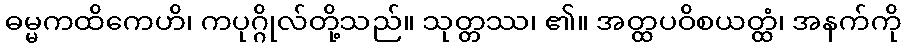
ဓမ္မကထိကေဟိ၊ ကပုဂ္ဂိုလ်တို့သည်။ သုတ္တဿ၊ ၏။ အတ္ထပဝိစယတ္ထံ၊ အနက်ကို